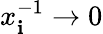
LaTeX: x_{\mathbf{i}}^{-1}\rightarrow0